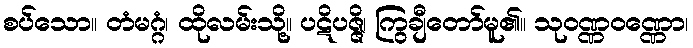
စပ်သော။ တံမဂ္ဂံ၊ ထိုလမ်းသို့။ ပဋိပဇ္ဇိ၊ ကြွချီတော်မူ၏။ သုဝဏ္ဏဝဏ္ဏော၊